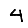
Digit: 4